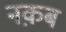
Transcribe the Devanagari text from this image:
नक़ब